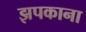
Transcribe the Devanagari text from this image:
झपकाना